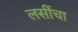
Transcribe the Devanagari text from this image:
लसींचा